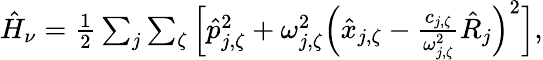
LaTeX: \begin{array}{r}{\hat{H}_{\nu}=\frac{1}{2}\sum_{j}\sum_{\zeta}\Big[\hat{p}_{j,\zeta}^{2}+\omega_{j,\zeta}^{2}\Big(\hat{x}_{j,\zeta}-\frac{c_{j,\zeta}}{\omega_{j,\zeta}^{2}}\hat{R}_{j}\Big)^{2}\Big],}\end{array}